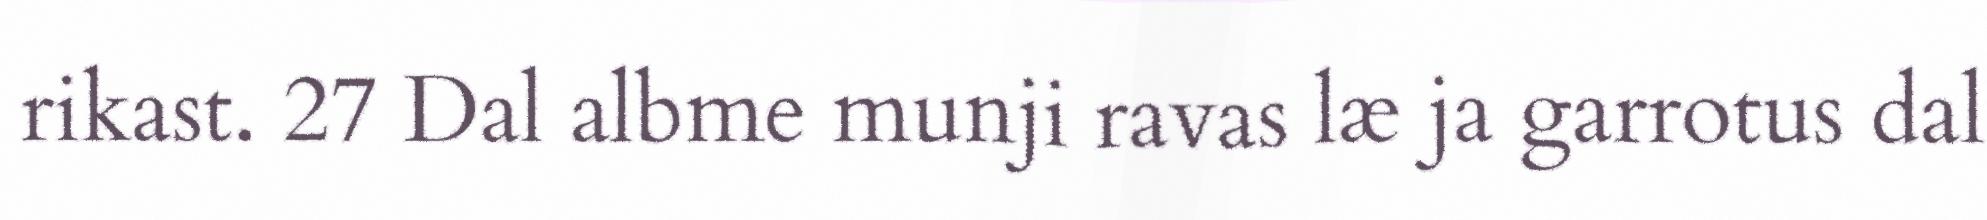
rikast. 27 Dal albme munji ravas læ ja garrotus dal